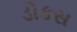
ડોકસ